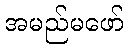
အမည်မဖော်